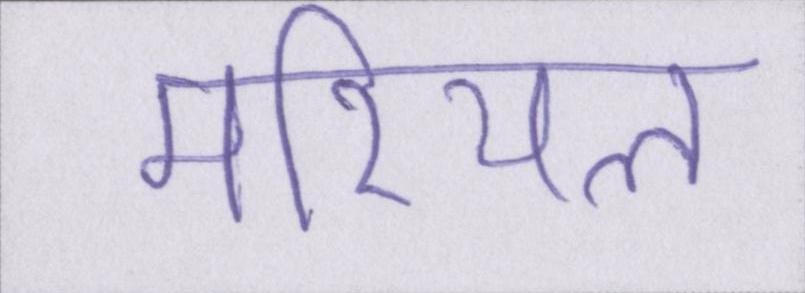
मरियल